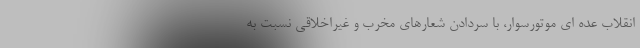
انقلاب عده ای موتورسوار، با سردادن شعارهای مخرب و غیراخلاقی نسبت به